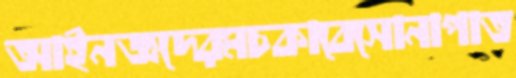
আইনজ্ঞদেরমচকাবেসোনাপাত